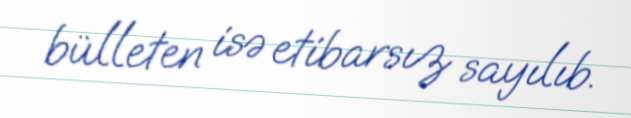
bülleten isə etibarsız sayılıb.